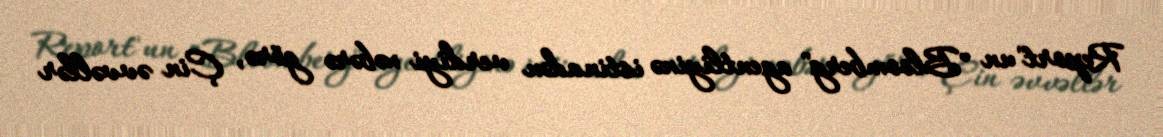
Report"un "Bloomberg" agentliyinə istinadən verdiyi xəbərə görə, Çin əvvəllər